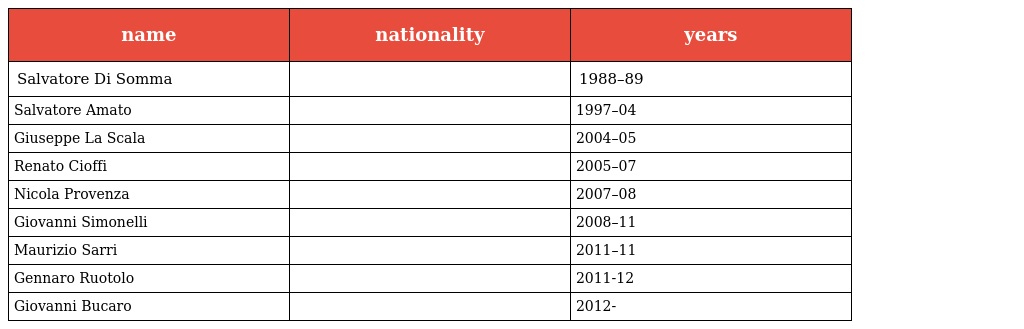
| name | nationality | years |
 | --- | --- | --- |
 | Salvatore Di Somma |  | 1988–89 |
 | Salvatore Amato |  | 1997–04 |
 | Giuseppe La Scala |  | 2004–05 |
 | Renato Cioffi |  | 2005–07 |
 | Nicola Provenza |  | 2007–08 |
 | Giovanni Simonelli |  | 2008–11 |
 | Maurizio Sarri |  | 2011–11 |
 | Gennaro Ruotolo |  | 2011-12 |
 | Giovanni Bucaro |  | 2012- |